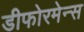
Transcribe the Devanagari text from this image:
डीफोरमेन्स